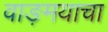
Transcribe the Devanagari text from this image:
वाङ़मयाचा